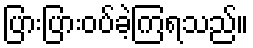
ပြားပြားဝပ်ခဲ့ကြရသည်။